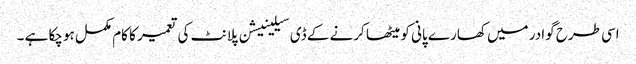
اسی طرح گوادر میں کھارے پانی کو میٹھا کرنے کے ڈی سیلینیشن پلانٹ کی تعمیر کا کام مکمل ہوچکا ہے ۔